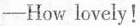
-How lovely!